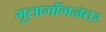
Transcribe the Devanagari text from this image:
गूलागाँगनंतर